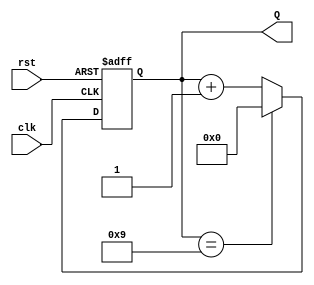
module bcd_counter (
    input wire clk,      // Clock input
    input wire rst,      // Asynchronous reset input
    output reg [3:0] Q   // 4-bit BCD output
);

// Always block triggered on the rising edge of the clock or when reset is asserted
always @(posedge clk or posedge rst) begin
    if (rst) begin
        Q <= 4'b0000;  // Reset the counter to 0
    end else begin
        if (Q == 4'b1001) begin
            Q <= 4'b0000;  // Reset to 0 if the counter reaches 10
        end else begin
            Q <= Q + 1;    // Increment the counter
        end
    end
end

endmodule